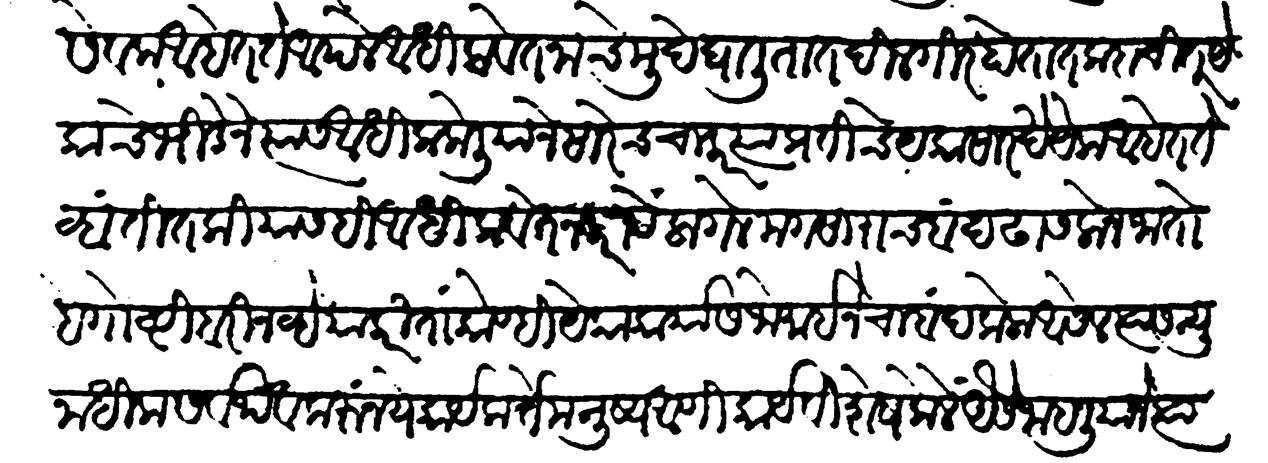
Transliteration (Devanagari): सेवक आहेत ते आपले आधिक वेतनाचे मुद्दे घालितात दिलगीर होतात कदाचित येकाचे भीडेने त्यास आधिक केलियाने सारेच चाकर त्या प्रतीचे येकासारखे येक आहेत तेव्हा तितकीयासहि आधिक वेतन करावें लागेल मग साराच बंद ढासलोन जातो हे गोष्टी बरी नव्हे याकरितां कोण्ही येका कार्यास जो मोइनेचा बंद केला आसेल त्यास न्यूनाधिक सर्वथैव करूं नये कार्यकर्ते मनुष्य आणि कार्यविशेष केलें येसें जाहलियाने त्या